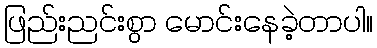
ဖြည်းညင်းစွာ မောင်းနေခဲ့တာပါ။